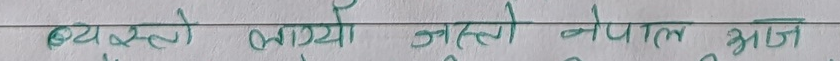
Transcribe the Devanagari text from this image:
ब्यस्तै लाग्यो जस्तो नेपाल आज